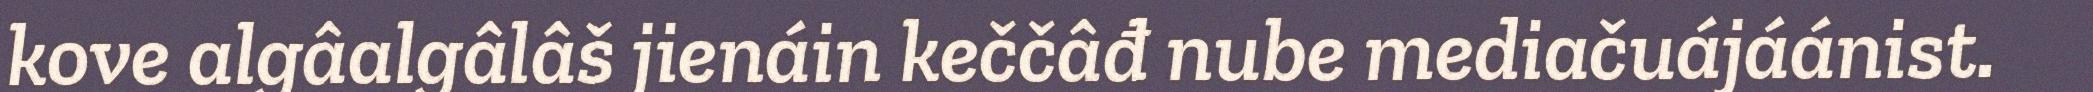
kove algâalgâlâš jienáin keččâđ nube mediačuájáánist.